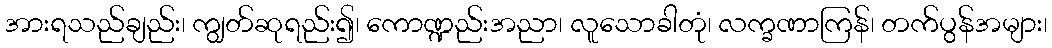
အားရသည်ချည်း၊ ကျွတ်ဆုရည်း၍၊ ကောဏ္ဍည်းအညာ၊ လူသောခါတုံ၊ လက္ခဏာကြန်၊ တက်ပွန်အများ၊